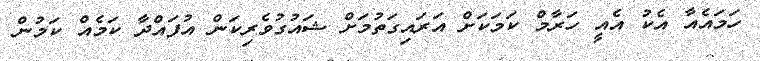
ހަމައެއާ އެކު އެއީ ހަރާމް ކަމަކަށް އަރައިގަތުމަށް ޝައުގުވެރިކަން އުފައްދާ ކަމެއް ކަމުން